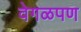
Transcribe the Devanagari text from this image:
वेगळपण